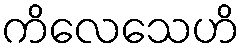
ကိလေသေဟိ